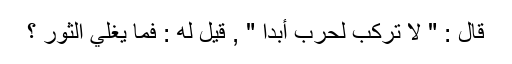
قَالَ : " لَا تُرْكَبُ لِحَرْبٍ أَبَدًا " , قِيلَ لَهُ : فَمَا يُغْلِي الثَّوْرَ ؟